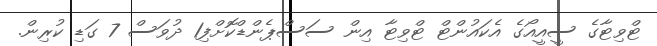
ޓްވިޓާގެ ސީއީއޯގެ އެކައުންޓް ޓްވިޓާ އިން ސަސްޕެންޑްކޮށްފި1 ދުވަސް 7 ގަޑި ކުރިން.